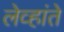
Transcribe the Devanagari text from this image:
लेव्हांते